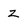
Character: z